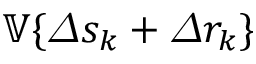
\mathbb { V } \{ \varDelta s _ { k } + \varDelta r _ { k } \}